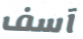
آسف